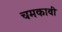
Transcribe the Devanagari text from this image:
चमकावी